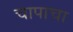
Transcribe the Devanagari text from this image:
चापाचा